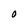
Character: O